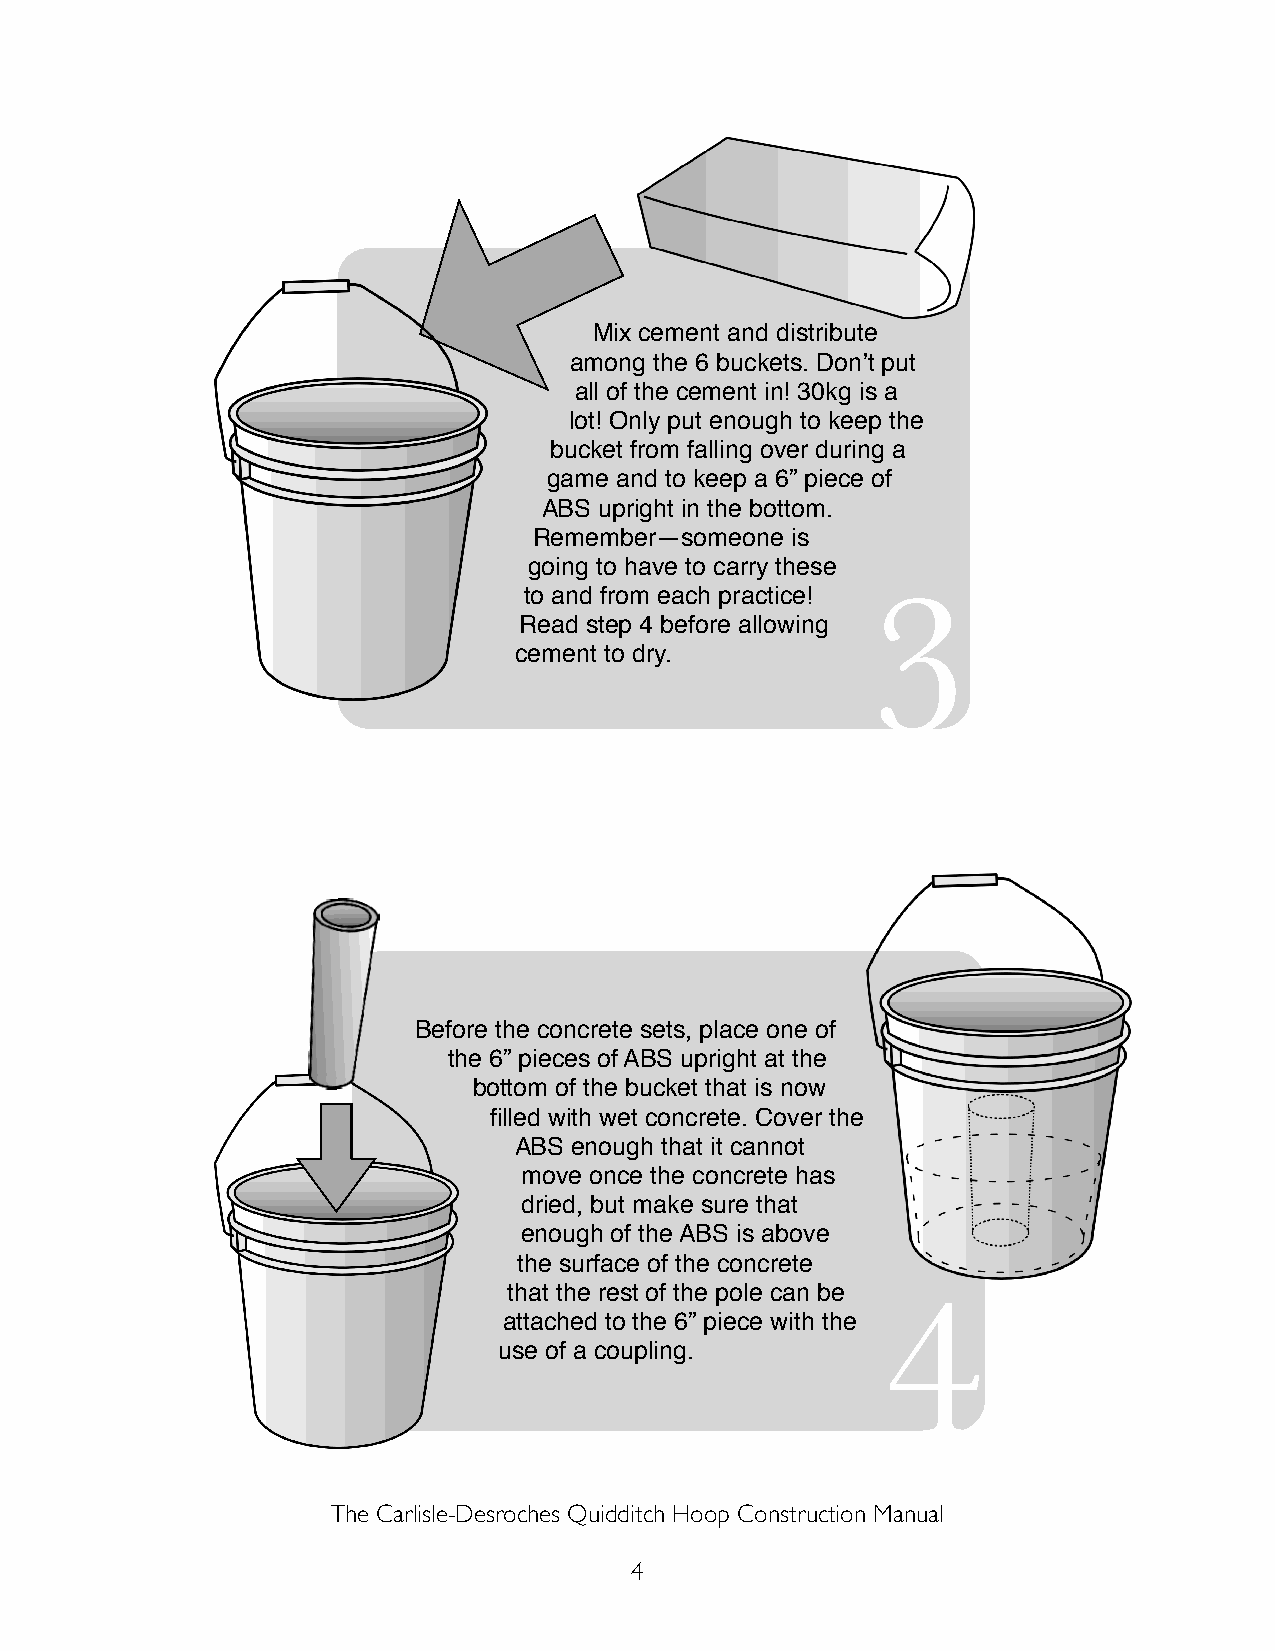
Mix cement and distribute
 among the 6 buckets. Donʼt put
 all of the cement in! 30kg is a
 lot! Only put enough to keep the
 bucket from falling over during a
 game and to keep a 6” piece of
 ABS upright in the bottom.
 Remember—someone is
 going to have to carry these
 3
 to and from each practice!
 Read step 4 before allowing
 cement to dry.
 Before the concrete sets, place one of
 the 6” pieces of ABS upright at the
 bottom of the bucket that is now
 filled with wet concrete. Cover the
 ABS enough that it cannot
 move once the concrete has
 dried, but make sure that
 enough of the ABS is above
 the surface of the concrete
 that the rest of the pole can be 4
 attached to the 6” piece with the
 use of a coupling.
 The Carlisle-Desroches Quidditch Hoop Construction Manual
 4